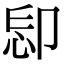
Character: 𠨝